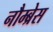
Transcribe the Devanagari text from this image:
नौम्ब्रेस